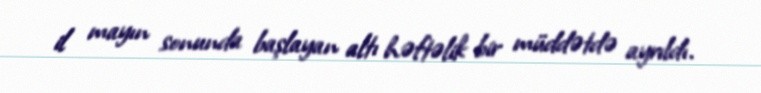
il mayın sonunda başlayan altı həftəlik bir müddətdə ayrıldı.